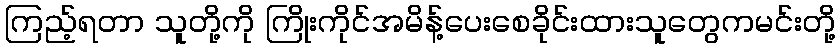
ကြည့်ရတာ သူတို့ကို ကြိုးကိုင်အမိန့်ပေးစေခိုင်းထားသူတွေကမင်းတို့